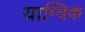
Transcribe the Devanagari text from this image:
याम्त्रिक